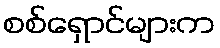
စစ်ရှောင်များက